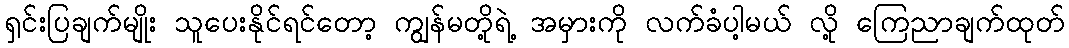
ရှင်းပြချက်မျိုး သူပေးနိုင်ရင်တော့ ကျွန်မတို့ရဲ့ အမှားကို လက်ခံပါ့မယ် လို့ ကြေညာချက်ထုတ်